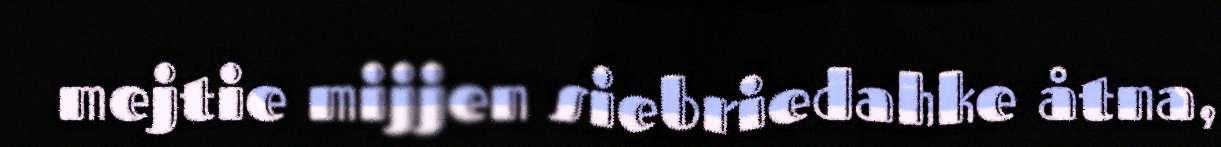
mejtie mijjen siebriedahke åtna,